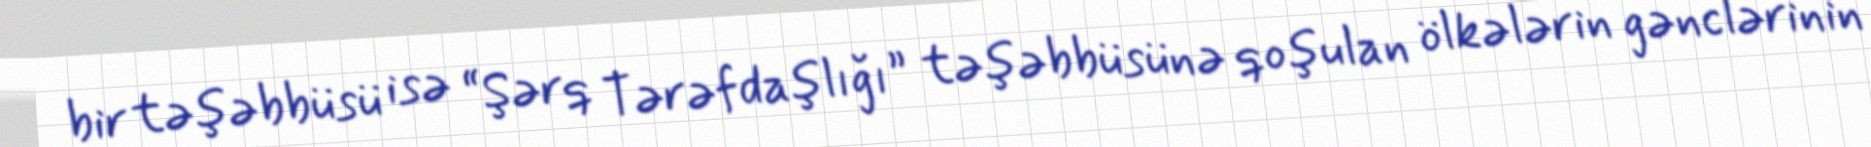
bir təşəbbüsü isə “Şərq Tərəfdaşlığı” təşəbbüsünə qoşulan ölkələrin gənclərinin